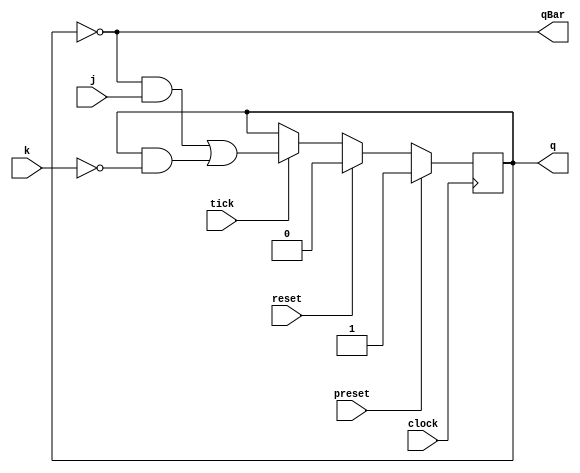
/******************************************************************************
 ** Logisim-evolution goes FPGA automatic generated Verilog code             **
 ** https://github.com/logisim-evolution/                                    **
 **                                                                          **
 ** Component : J_K_FLIPFLOP                                                 **
 **                                                                          **
 *****************************************************************************/

module J_K_FLIPFLOP(
    input  clock,
    input  j,
    input  k,
    input  preset,
    input  reset,
    input  tick,
    output q,
    output qBar
);

    parameter invertClockEnable = 1;
    reg s_currentState;

    // Output logic
    assign q = s_currentState;
    assign qBar = ~s_currentState;

    // Clock inversion based on parameter
    wire s_clock = (invertClockEnable == 0) ? clock : ~clock;

    // State transition logic
    wire s_nextState = (~s_currentState & j) | (s_currentState & ~k);

    // State update logic
    //always @(posedge reset or posedge preset or posedge s_clock) begin (Vivado doesnt like ASYNC RESET )
    always @(posedge s_clock ) begin
        if (preset) // priority to pre-set
            s_currentState <= 1'b1;
        else if (reset)
            s_currentState <= 1'b0;
        else if (tick)
            s_currentState <= s_nextState;
    end

    // Initial state for simulation
    initial s_currentState = 0;

endmodule